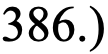
386.)